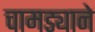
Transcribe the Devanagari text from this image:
चामड्याने